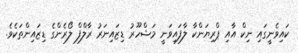
ކައިވެނީގައި ނިކް އާއި ޕްރިޔަންކާ ލާފައިވަނީ މަޝްހޫރު ޑިޒައިނަރު ރާލްފް ލޯރެންގެ ޑިޒައިންތަކެވެ.